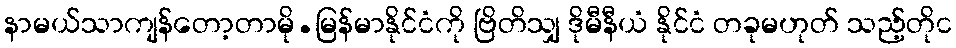
နာမယ်သာကျန်တော့တာမို.မြန်မာနိုင်ငံကို ဗြိတိသျှ ဒိုမီနီယံ နိုင်ငံ တခုမဟုတ် သည့်တိုင